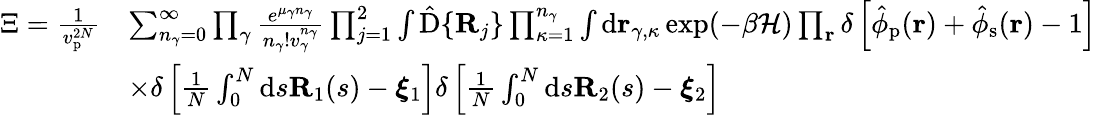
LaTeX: \begin{array}{rl}{{\Xi}=\frac{1}{v_{\mathrm{p}}^{2N}}}&{\sum_{n_{\gamma}=0}^{\infty}\prod_{\gamma}\frac{e^{\mu_{\gamma}n_{\gamma}}}{n_{\gamma}!v_{\gamma}^{n_{\gamma}}}\prod_{j=1}^{2}\int\mathrm{\hat{D}}\{ \mathbf{R}_{j}\} \prod_{\kappa=1}^{n_{\gamma}}\int\mathrm{d}\mathbf{r}_{\gamma,\kappa}\exp(-{\beta}\mathcal{H})\prod_{\mathbf{r}}\delta\left[\hat{\phi}_{\mathrm{p}}(\mathbf{r})+\hat{\phi}_{\mathrm{s}}(\mathbf{r})-1\right]}\\ &{\times\delta\left[\frac{1}{N}\int_{0}^{N}\mathrm{d}s\mathbf{R}_{1}(s)-\boldsymbol{\xi}_{1}\right]\delta\left[\frac{1}{N}\int_{0}^{N}\mathrm{d}s\mathbf{R}_{2}(s)-\boldsymbol{\xi}_{2}\right]}\end{array}